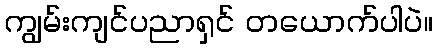
ကျွမ်းကျင်ပညာရှင် တယောက်ပါပဲ။